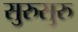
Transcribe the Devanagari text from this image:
सुरुसुरु